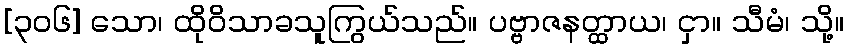
[၃၀၆] သော၊ ထိုဝိသာခသူကြွယ်သည်။ ပဗ္ဗာဇနတ္ထာယ၊ ငှာ။ သီမံ၊ သို့။